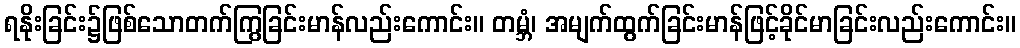
ရနိုးခြင်း၌ဖြစ်သောတက်ကြွခြင်းမာန်လည်းကောင်း။ တမ္ဘံ၊ အမျက်ထွက်ခြင်းမာန်ဖြင့်ခိုင်မာခြင်းလည်းကောင်း။